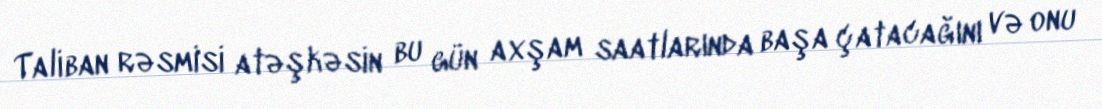
Taliban rəsmisi atəşkəsin bu gün axşam saatlarında başa çatacağını və onu